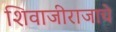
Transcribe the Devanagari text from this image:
शिवाजीराजाचे